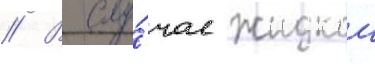
// В слу́чае жидкои